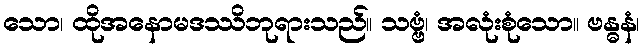
သော၊ ထိုအနောမဒဿိဘုရားသည်။ သဗ္ဗံ၊ အလုံးစုံသော။ ဗန္ဓနံ၊